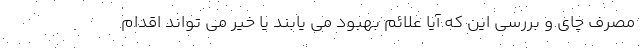
مصرف چای و بررسی این که آیا علائم بهبود می یابند یا خیر می تواند اقدام